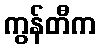
ကွန်တီက